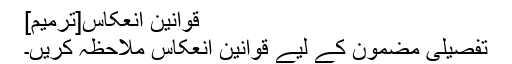
قوانین انعکاس[ترمیم]
تفصیلی مضمون کے لیے قوانین انعکاس ملاحظہ کریں۔